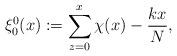
LaTeX: \begin{align*} \xi_{0}^0(x):=\sum_{z=0}^x \chi (x)-\frac{kx}{N},\end{align*}